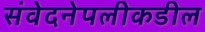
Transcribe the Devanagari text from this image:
संवेदनेपलीकडील